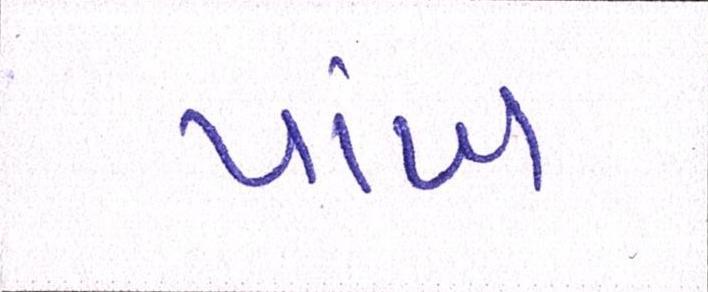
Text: પાંખ